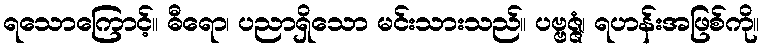
ရသောကြောင့်။ ဓီရော၊ ပညာရှိသော မင်းသားသည်။ ပဗ္ဗဇ္ဇံ၊ ရဟန်းအဖြစ်ကို။